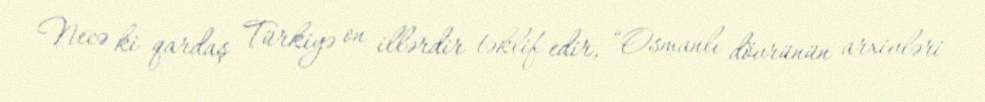
Necə ki qardaş Türkiyə on illərdir təklif edir, “Osmanlı dövrünün arxivləri